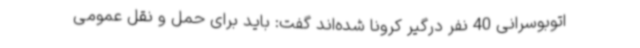
اتوبوسرانی 40 نفر درگیر کرونا شده‌اند گفت: باید برای حمل و نقل عمومی